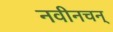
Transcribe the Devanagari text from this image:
नवीनचन्